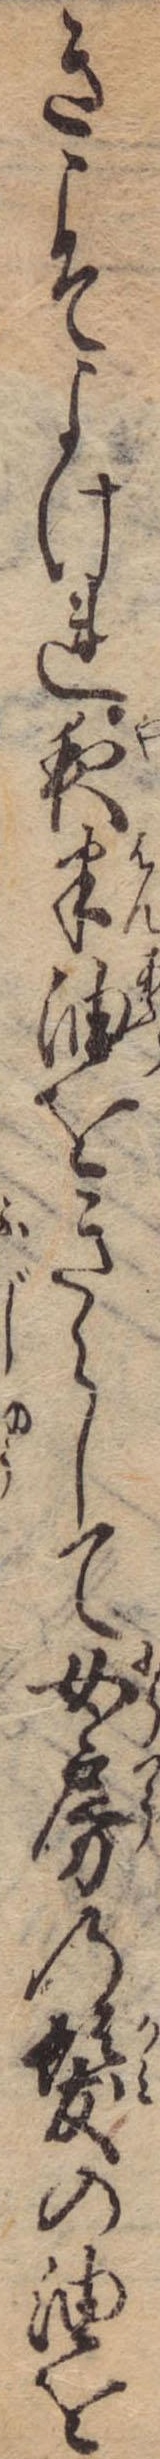
きこそよけれ夜半油をきらして女房の髪の油を